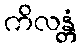
ကိလန္တံ